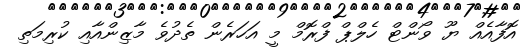
އޮފާއެއް ޔޫ ވޯންޓް ހެލްޕް ފްރޮމް މީ އަހަރެން ތެދުވެ މާޒިންއާއި ކުރިމަތި